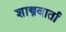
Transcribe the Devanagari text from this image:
शास्त्रवार्ता